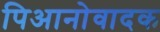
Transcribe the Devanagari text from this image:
पिआनोवादक